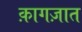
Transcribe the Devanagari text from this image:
क़ागज़ात